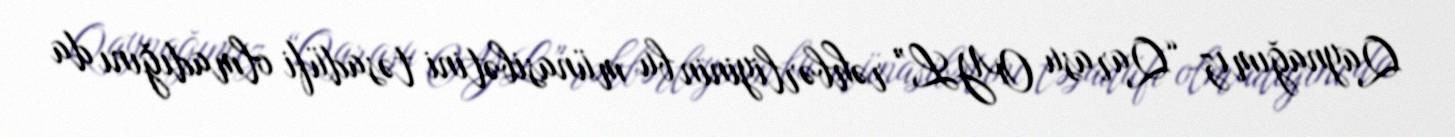
Qaynağımız “Qarasu OYL” rəhbərliyinin bu münasibətini təsadüfi olmadığını da